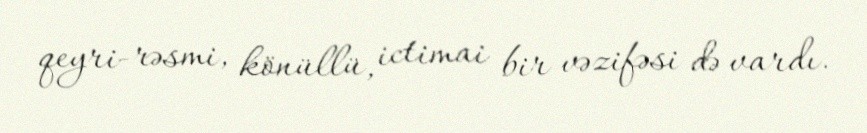
qeyri-rəsmi, könüllü, ictimai bir vəzifəsi də vardı.